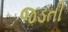
જડતી